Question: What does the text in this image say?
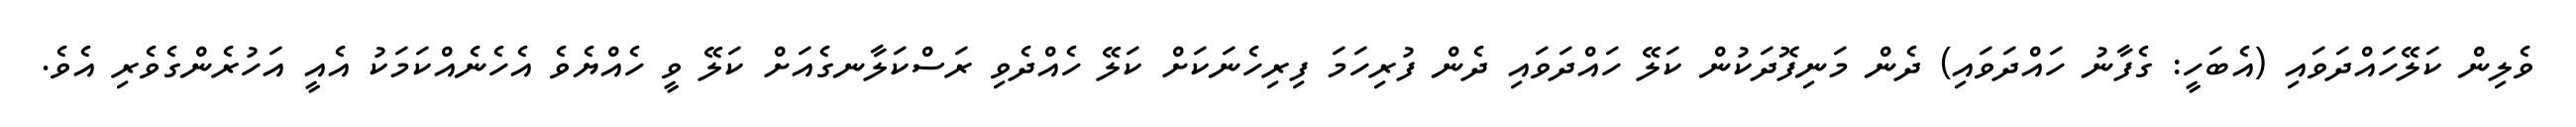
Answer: ވެލިން ކަލޭހައްދަވައި (އެބަހީ: ގެފާނު ހައްދަވައި) ދެން މަނިފޮދަކުން ކަލޭ ހައްދަވައި ދެން ފުރިހަމަ ފިރިހެނަކަށް ކަލޭ ހެއްދެވި ރަސްކަލާނގެއަށް ކަލޭ ވީ ހެއްޔެވެ އެހެނެއްކަމަކު އެއީ އަހުރެންގެވެރި އެވެ.